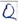
Text: Q